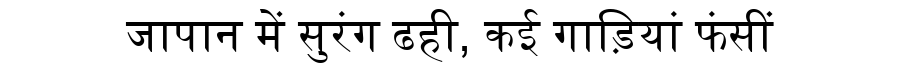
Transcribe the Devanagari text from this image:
जापान में सुरंग ढही, कई गाड़ियां फंसीं